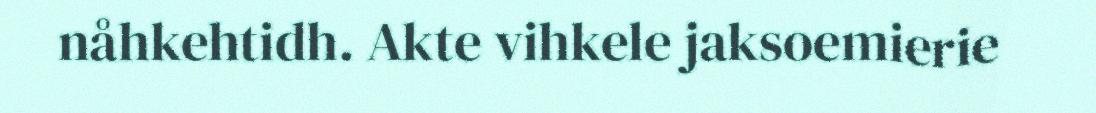
nåhkehtidh. Akte vihkele jaksoemierie